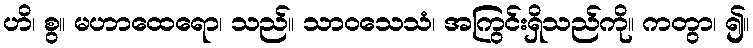
ဟိ၊ စွ။ မဟာထေရော၊ သည်။ သာဝသေသံ၊ အကြွင်းရှိသည်ကို။ ကတွာ၊ ၍။